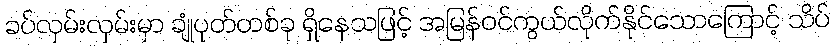
ခပ်လှမ်းလှမ်းမှာ ချုံပုတ်တစ်ခု ရှိနေသဖြင့် အမြန်ဝင်ကွယ်လိုက်နိုင်သောကြောင့် သိပ်